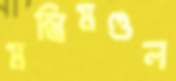
মন্ত্রিমণ্ডল